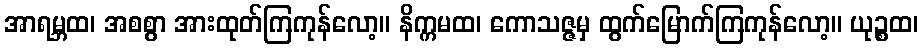
အာရမ္ဘထ၊ အစစွာ အားထုတ်ကြကုန်လော့။ နိက္ကမထ၊ ကောသဇ္ဇမှ ထွက်မြောက်ကြကုန်လော့။ ယုဉ္စထ၊